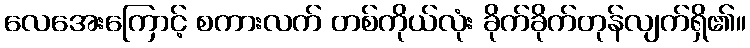
လေအေးကြောင့် စကားလက် တစ်ကိုယ်လုံး ခိုက်ခိုက်တုန်လျက်ရှိ၏။